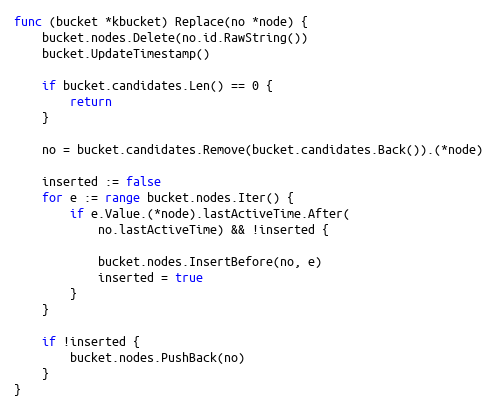
Language: Go
func (bucket *kbucket) Replace(no *node) {
	bucket.nodes.Delete(no.id.RawString())
	bucket.UpdateTimestamp()

	if bucket.candidates.Len() == 0 {
		return
	}

	no = bucket.candidates.Remove(bucket.candidates.Back()).(*node)

	inserted := false
	for e := range bucket.nodes.Iter() {
		if e.Value.(*node).lastActiveTime.After(
			no.lastActiveTime) && !inserted {

			bucket.nodes.InsertBefore(no, e)
			inserted = true
		}
	}

	if !inserted {
		bucket.nodes.PushBack(no)
	}
}